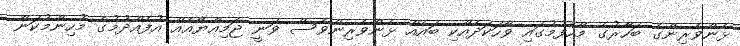
ޅެންވެރިންގެ ބަހާރުގެ މާހެފުމުގައި ވާހަކަދެއްކި ބައެއް ޅެންވެރިންވެސް ވަނީ ޖަމިއްޔާއެއް އުފެއްދުމުގެ މުހިންމުކަން